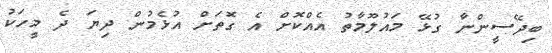
ބިދޭސީންނާ ގުޅޭ މައުލޫމާތު އެއްކޮށް އެ ގޮތަށް އުޅެމުން ދިޔަ ދެ މީހަކު